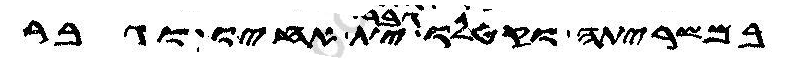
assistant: במשריתה וקטלו גבר ית אחיו וגבר